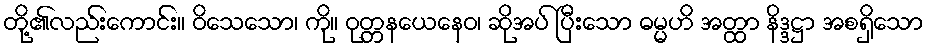
တို့၏လည်းကောင်း။ ဝိသေသော၊ ကို။ ဝုတ္တနယေနေဝ၊ ဆိုအပ် ပြီးသော ဓမ္မဟိ အတ္ထာ နိဒ္ဒဋ္ဌာ အစရှိသော